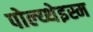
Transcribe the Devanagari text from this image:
पोल्य्थेइस्म